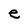
Character: e